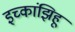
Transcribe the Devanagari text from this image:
इच्कांझिहू